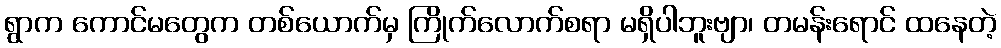
ရွာက ကောင်မတွေက တစ်ယောက်မှ ကြိုက်လောက်စရာ မရှိပါဘူးဗျာ၊ တမန်းရောင် ထနေတဲ့